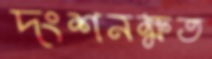
দংশনক্ষত